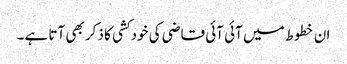
ان خطوط میں آئی آئی قاضی کی خودکشی کا ذکر بھی آتا ہے۔